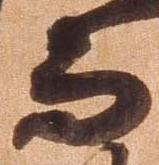
而